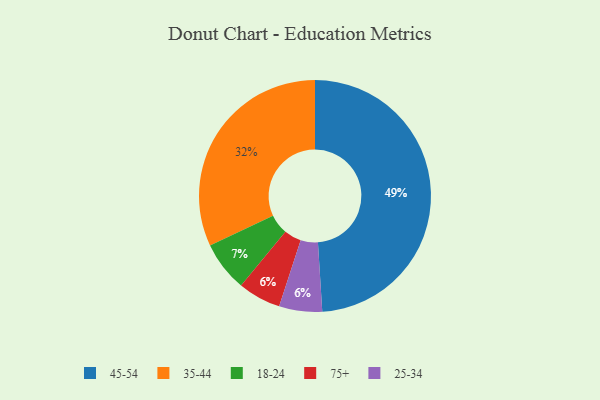
{"axis": {"x": "Category", "y": "Percentage"}, "legend": ["18-24", "25-34", "35-44", "45-54", "75+"], "data": [{"x": "35-44", "y": 32, "type": "35-44"}, {"x": "18-24", "y": 7, "type": "18-24"}, {"x": "45-54", "y": 49, "type": "45-54"}, {"x": "75+", "y": 6, "type": "75+"}, {"x": "25-34", "y": 6, "type": "25-34"}]}